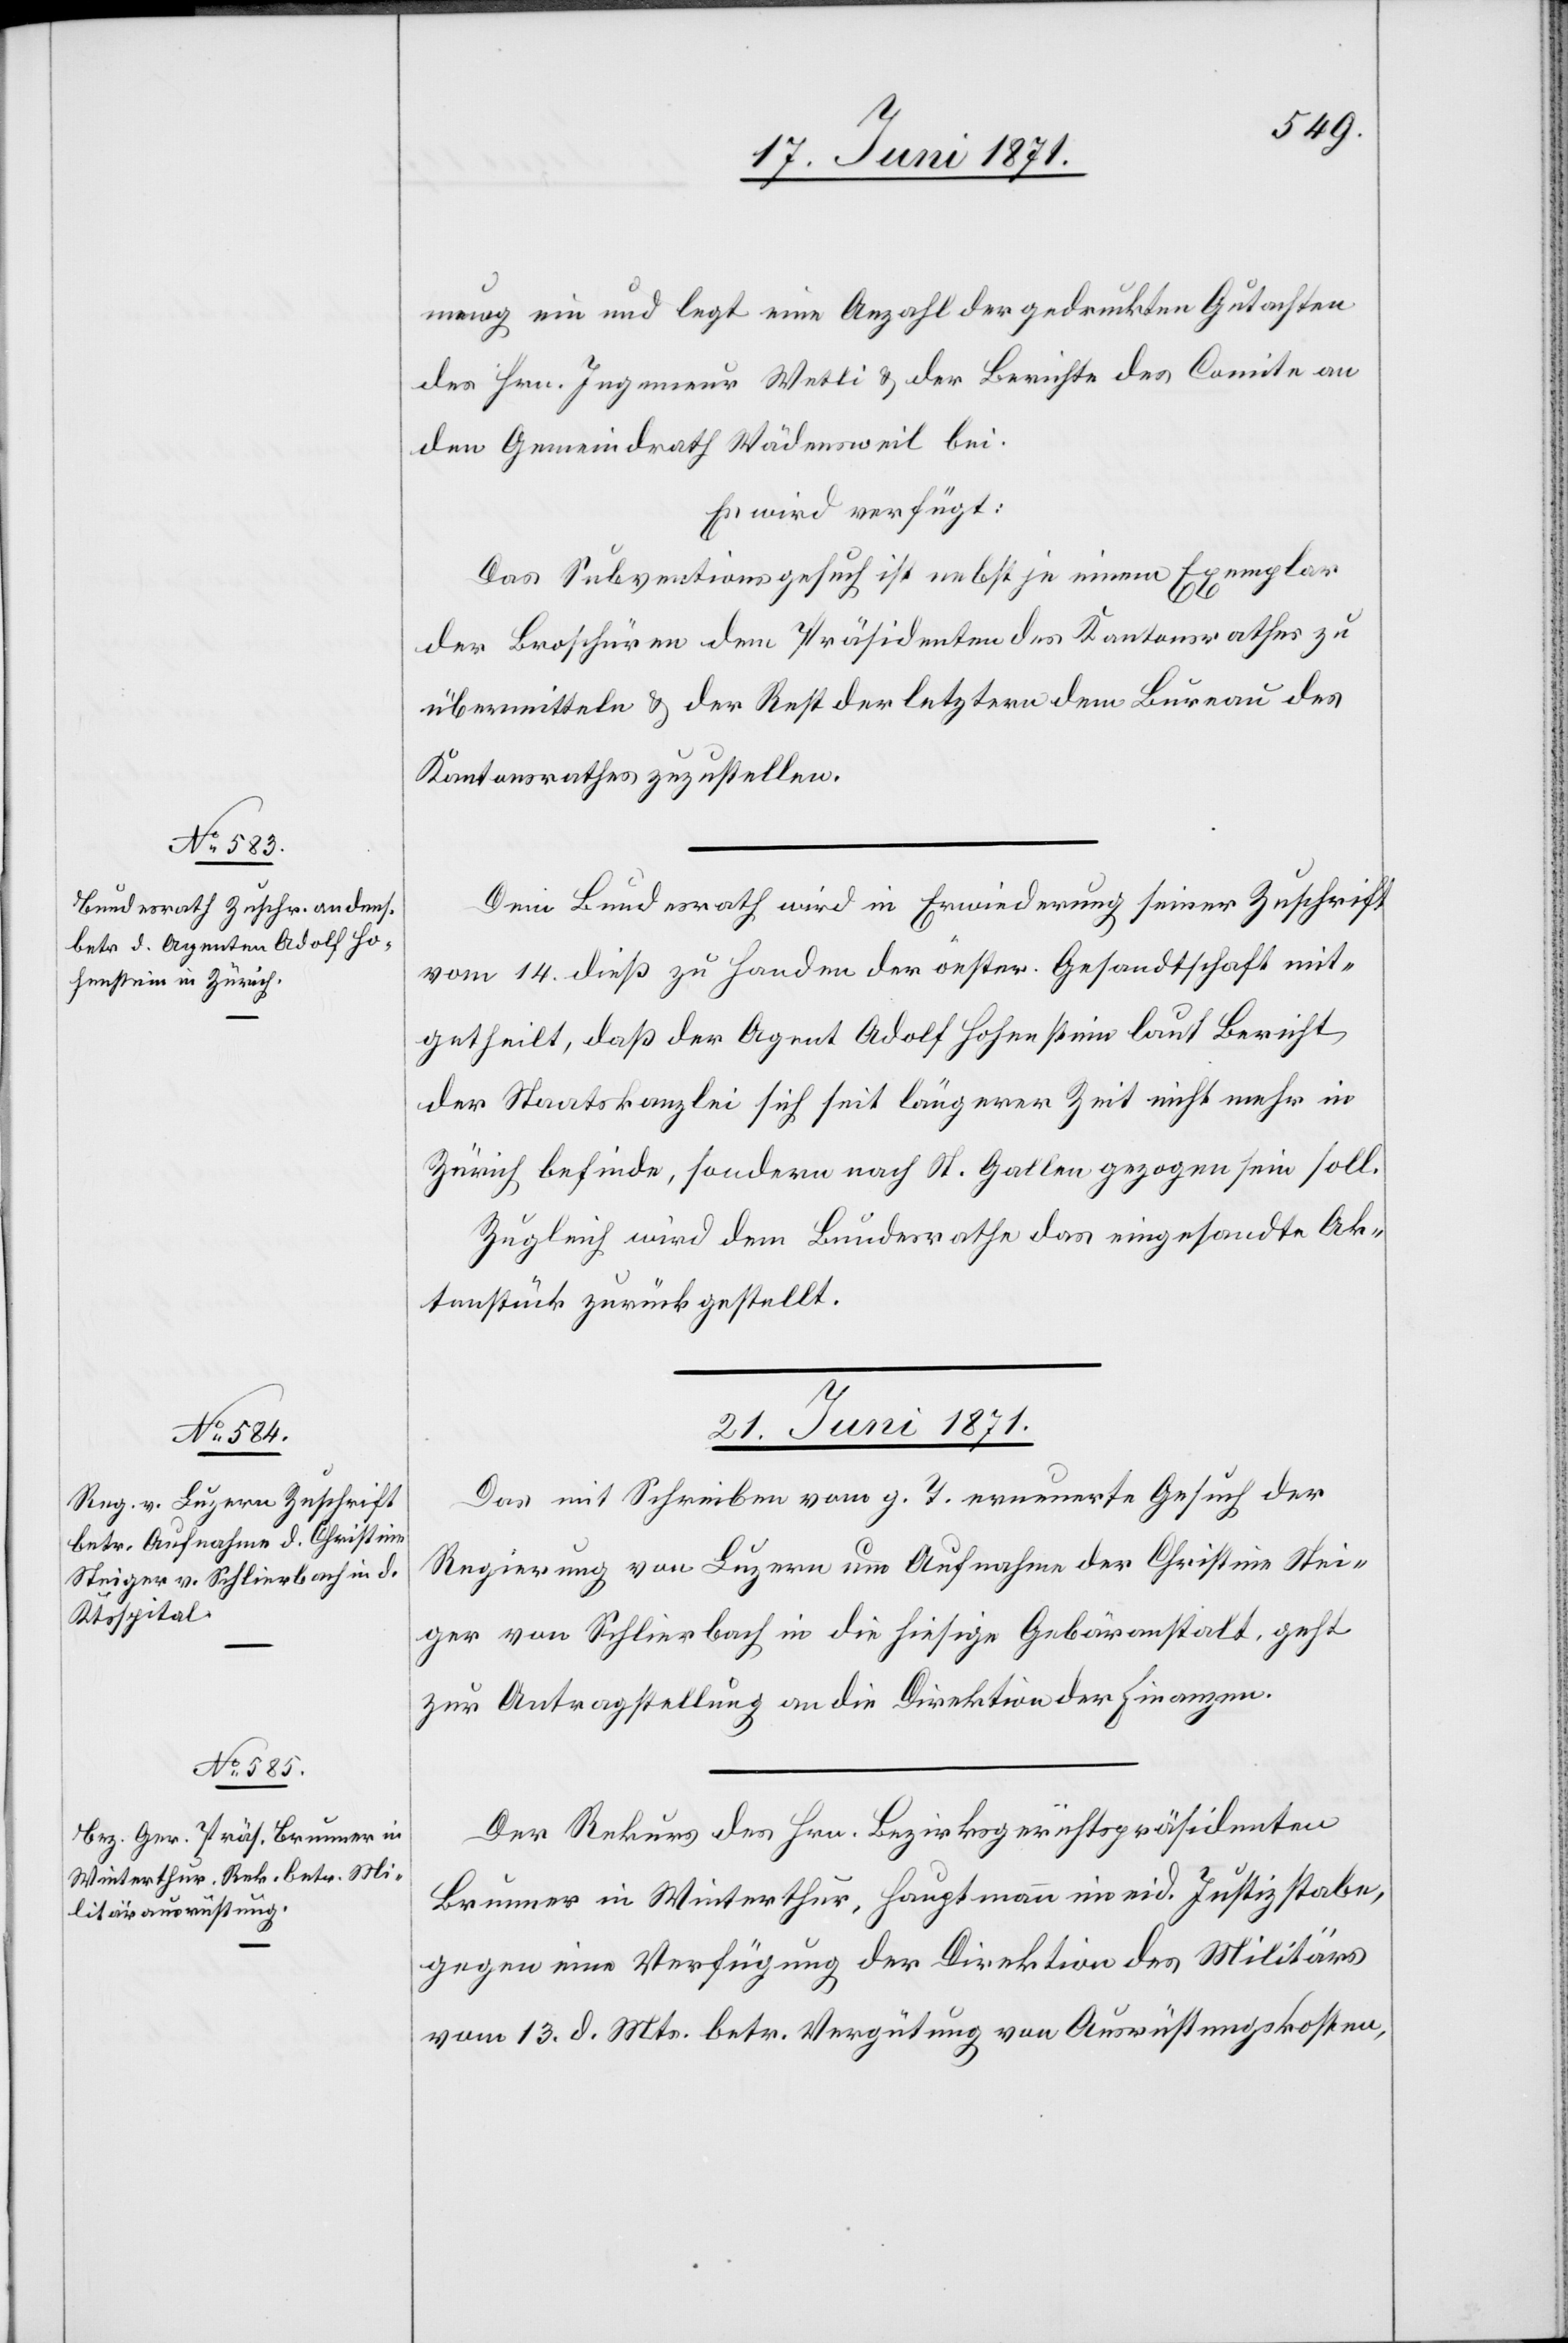
mung ein und legt eine Anzahl der gedruckten Gutachten
des Hrn. Ingenieur Wetli u. der Berichte des Comite an
den Gemeindrath Wädensweil bei.
Es wird verfügt:
Das Subventionsgesuch ist nebst je einem Exemplar
der Broschüren dem Präsidenten des Kantonsrathes zu
übermitteln u. der Rest der letztern dem Bureau des
Kantonsrathes zuzustellen.
Dem Bundesrath wird in Erwiederung seiner Zuschrift
vom 14. dieß zu Handen der öester. Gesandtschaft mit¬
getheilt, daß der Agent Adolf Hohenstein laut Bericht
der Staatskanzlei sich seit längerer Zeit nicht mehr in
Zürich befinde, sondern nach St. Gallen gezogen sein soll.
Zugleich wird dem Bundesrathe das eingesandte Ak¬
tenstück zurückgestellt.
21. Juni 1871.]
Das mit Schreiben vom g. T. erneuerte Gesuch der
Regierung von Luzern um Aufnahme der Christine Stei¬
ger von Schlierbach in die hiesige Gebäranstalt, geht
zur Antragstellung an die Direktion der Finanzen.
Der Rekurs des Hrn. Bezirksgerichtspräsidenten
Brunner in Winterthur, Hauptmann im eid. Justizstabe,
gegen eine Verfügung der Direktion des Militärs
vom 13. d. Mts. betr. Vergütung von Ausrüstungskosten,